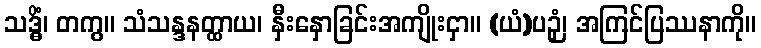
သဒ္ဓိံ၊ တကွ။ သံသန္ဒနတ္ထာယ၊ နှီးနှောခြင်းအကျိုးငှာ။ (ယံ)ပဉှံ၊ အကြင်ပြဿနာကို။